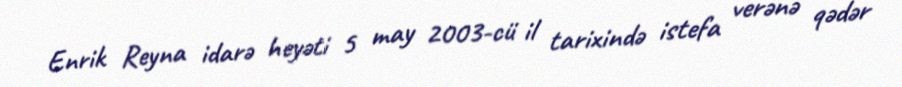
Enrik Reyna idarə heyəti 5 may 2003-cü il tarixində istefa verənə qədər